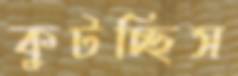
কুটচ্ছিস